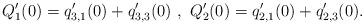
LaTeX: \begin{align*}Q_1'(0)=q_{3,1}'(0)+q_{3,3}'(0)\,\,,\,\,Q_2'(0)=q_{2,1}'(0)+q_{2,3}'(0).\end{align*}